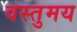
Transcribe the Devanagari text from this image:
वस्तुमय